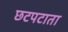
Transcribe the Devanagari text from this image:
छटपटाता